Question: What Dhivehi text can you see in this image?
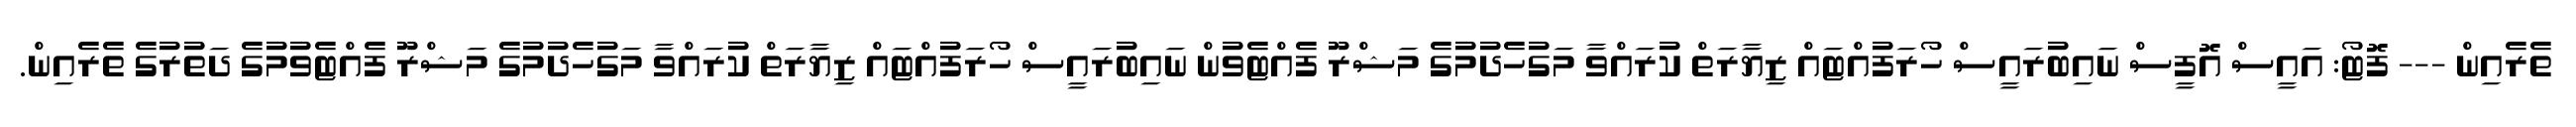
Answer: ތެރެއިން --- ފޮޓޯ: އައީސް އޮފީސް ނައިބުރައީސް ހޯރަފުއްޓައް ޒިޔާރަތް ކުރައްވާ މަގުހެދުމުގެ މަޝްރޫ ފެއްޓެވުން ނައިބުރައީސް ހޯރަފުއްޓައް ޒިޔާރަތް ކުރައްވާ މަގުހެދުމުގެ މަޝްރޫ ފެއްޓެވުމުގެ ދަތުރުގެ ތެރެއިން.